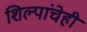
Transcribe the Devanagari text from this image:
शिल्पांचेही